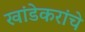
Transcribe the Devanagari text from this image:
खांडेकरांचे